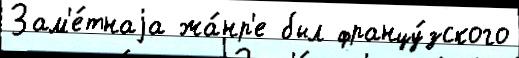
Зам'е́тнаjа жа́нр'е был францу́зского